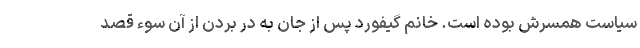
سیاست همسرش بوده است. خانم گیفورد پس از جان به در بردن از آن سوء قصد